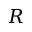
R